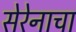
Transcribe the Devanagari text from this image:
सेरेनाचा